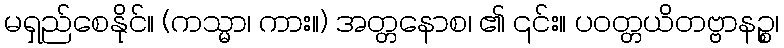
မရှည်စေနိုင်။ (ကသ္မာ၊ ကား။) အတ္တနောစ၊ ၏ ၎င်း။ ပဝတ္တယိတဗ္ဗာနဉ္စ၊